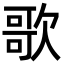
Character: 歌